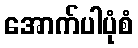
အောက်ပါပုံစံ